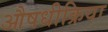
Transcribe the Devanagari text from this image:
औषधीक्रिया